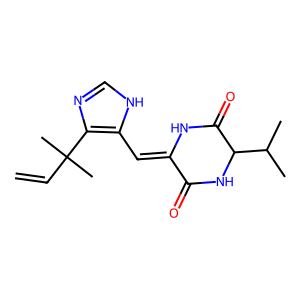
SMILES: C=CC(C)(C)c1nc[nH]c1C=C1NC(=O)C(C(C)C)NC1=O
Inhibits HIV replication: No